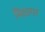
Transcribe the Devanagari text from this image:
मिठागर